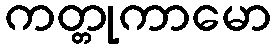
ကတ္တုကာမော